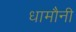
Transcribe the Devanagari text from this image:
धामौनी